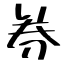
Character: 券